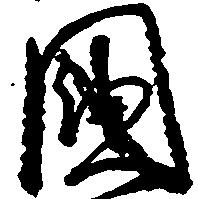
国